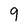
Character: 9